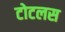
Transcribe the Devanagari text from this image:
टोटलस